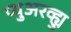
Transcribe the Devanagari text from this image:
प्युअरव्ह्यु